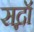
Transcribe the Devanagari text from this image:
सद्नॉ